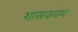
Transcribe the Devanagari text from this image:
शासकवंश